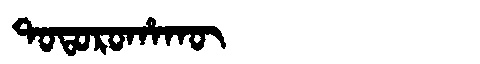
Manchu: ᡨᠣᡨᠣᡵᠣᡥᠠᡴᡡ
Romanization: TOTOROHAKŪ